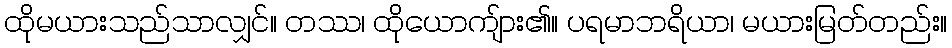
ထိုမယားသည်သာလျှင်။ တဿ၊ ထိုယောကျ်ား၏။ ပရမာဘရိယာ၊ မယားမြတ်တည်း။